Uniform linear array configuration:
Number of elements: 24
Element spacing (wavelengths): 0.75
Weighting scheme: hann
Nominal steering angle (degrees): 15
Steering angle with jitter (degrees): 16.837
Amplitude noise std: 0.05
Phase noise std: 0.05

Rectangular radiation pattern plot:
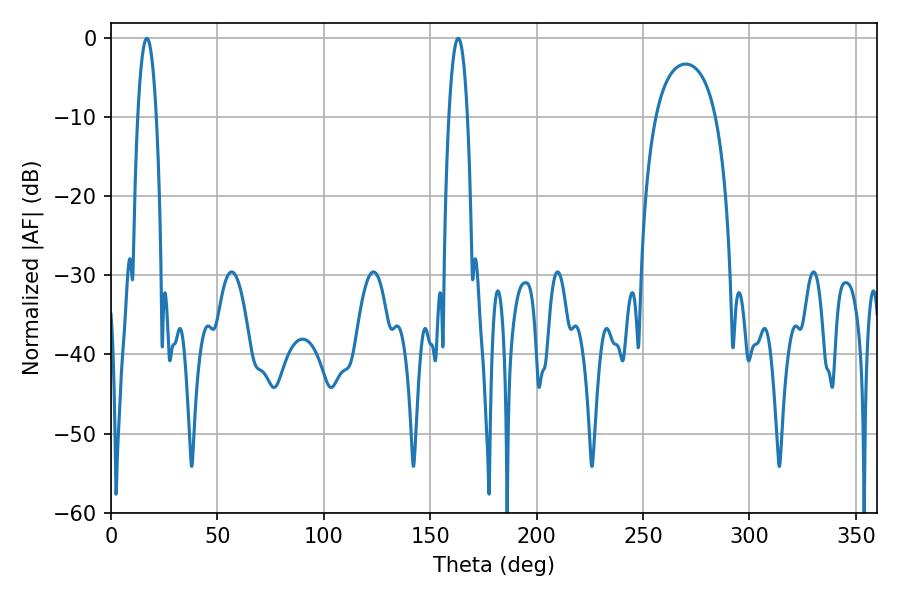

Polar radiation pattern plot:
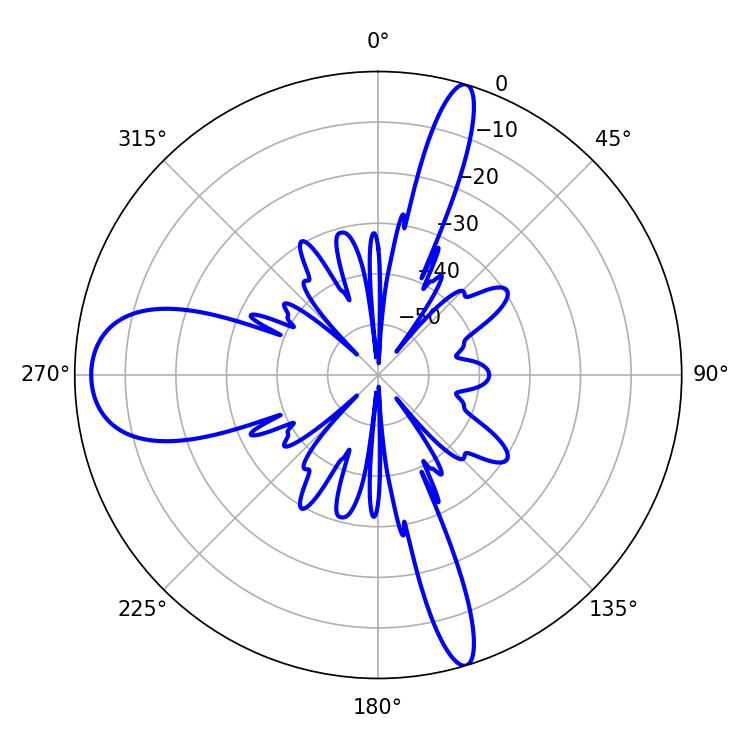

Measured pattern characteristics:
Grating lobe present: TRUE
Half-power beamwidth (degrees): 4.86
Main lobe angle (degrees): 16.92